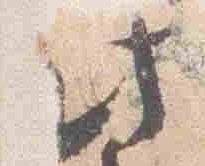
此